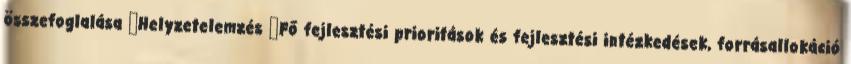
összefoglalása ▪Helyzetelemzés ▪Fő fejlesztési prioritások és fejlesztési intézkedések, forrásallokáció